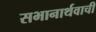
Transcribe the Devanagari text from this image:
सभानार्थवाची